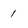
Character: 1